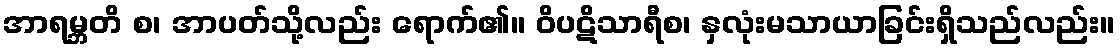
အာရမ္ဘတိ စ၊ အာပတ်သို့လည်း ရောက်၏။ ဝိပဋိသာရီစ၊ နှလုံးမသာယာခြင်းရှိသည်လည်း။